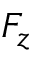
F _ { z }